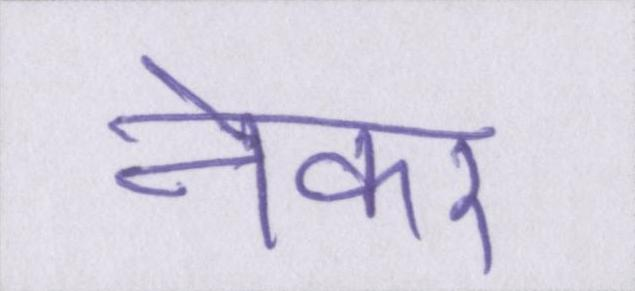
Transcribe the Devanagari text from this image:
नेकर